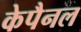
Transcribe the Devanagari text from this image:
केपैनल